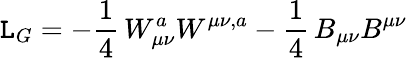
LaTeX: {\cal\mathtt{L}}_{G}=-\frac{{1}}{{4}}\, W_{\mu\nu}^{a}W^{\mu\nu,a}-\frac{{1}}{{4}}\, B_{\mu\nu}B^{\mu\nu}